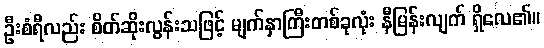
ဦးစံရီလည်း စိတ်ဆိုးလွန်းသဖြင့် မျက်နှာကြီးတစ်ခုလုံး နီမြန်းလျက် ရှိလေ၏။